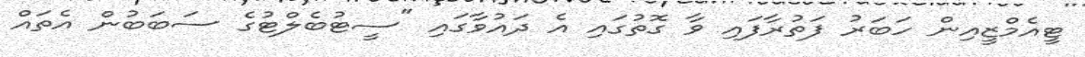
ޓީއެމްޒީއިން ހަބަރު ފަތުރާފައި ވާ ގޮތުގައި އެ ދައުވާގައި "ސީޓުބެލްޓުގެ ސަބަބުން އެތައް